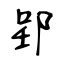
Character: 郢